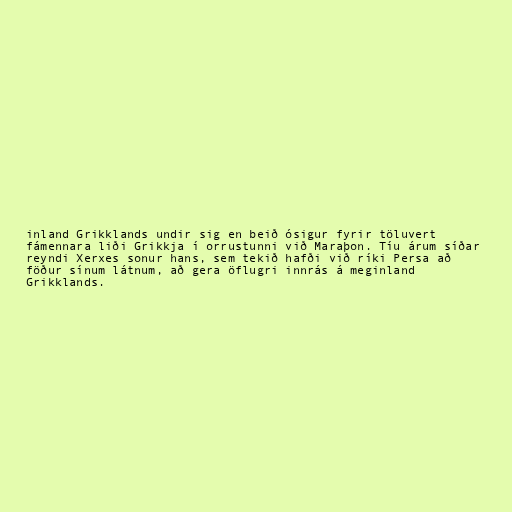
inland Grikklands undir sig en beið ósigur fyrir töluvert
fámennara liði Grikkja í orrustunni við Maraþon. Tíu árum síðar
reyndi Xerxes sonur hans, sem tekið hafði við ríki Persa að
föður sínum látnum, að gera öflugri innrás á meginland
Grikklands.